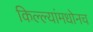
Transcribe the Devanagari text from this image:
किल्ल्यांमधोनच